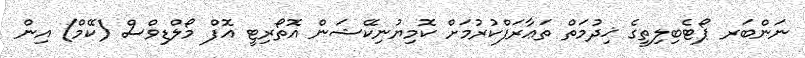
ނަންބަރ ޕޯޓެބިލިތީގެ ޚިދުމަތް ތަޢާރަފްކުރުމަށް ކޮމިޔުނިކޭޝަން އޮތޯރިޓީ އޮފް މޯލްޑިވްސް (ކޭމް) އިން